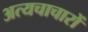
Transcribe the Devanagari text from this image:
अत्यचाचारों